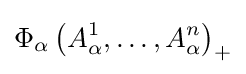
\Phi _{\alpha }\left({A_{\alpha }^{1},\ldots ,A_{\alpha }^{n}}\right)_{+}